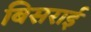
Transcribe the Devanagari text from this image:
बिसराई